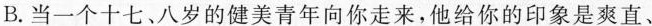
B.当一个十七、八岁的健美青年向你走来，他给你的印象是爽直、